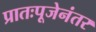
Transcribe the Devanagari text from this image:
प्रातःपूजेनंतर